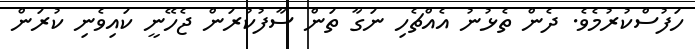
ހަފުސްކުރުމެވެ. ދެން ތެޅުނު އެއްޗެހި ނަގާ ތަން ސާފުކުރަން ޖެހޭނީ ކައިވެނި ކުރަން